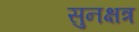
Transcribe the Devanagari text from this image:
सुनक्षत्र